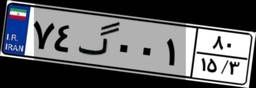
۷۴گ۰۰۱۸۰